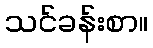
သင်ခန်းစာ။